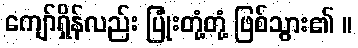
ကျော်ရှိန်လည်း ပြုံးတုံ့တုံ့ ဖြစ်သွား၏ ။